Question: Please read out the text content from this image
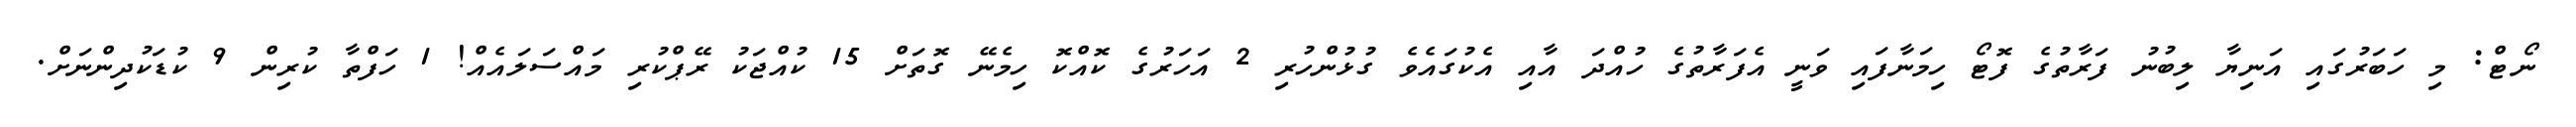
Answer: ނޯޓް: މި ހަބަރުގައި އަނިޔާ ލިބުނު ފަރާތުގެ ފޮޓޯ ހިމަނާފައި ވަނީ އެފަރާތުގެ ހުއްދަ އާއި އެކުގައެވެ ގުޅުންހުރި 2 އަހަރުގެ ކޮއްކޮ ހިމެނޭ ގޮތަށް 15 ކުއްޖަކު ރޭޕްކުރި މައްސަލައެއް! 1 ހަފްތާ ކުރިން 9 ކުޑަކުދިންނަށް.